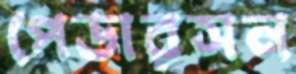
পেডারসন